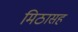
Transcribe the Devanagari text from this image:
मिठासह